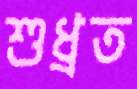
শুধ্‌রত